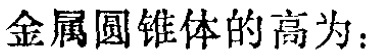
金属圆锥体的高为：